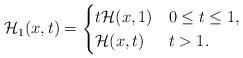
LaTeX: \begin{align*}\mathcal{H}_1(x,t)=\begin{cases}t \mathcal{H}(x,1) &0 \leq t \leq 1,\\\mathcal{H}(x,t)& t > 1.\end{cases}\end{align*}